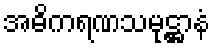
အဓိကရဏသမုဋ္ဌာနံ